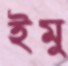
ইমু